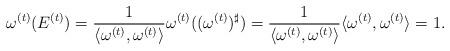
LaTeX: \begin{align*}\omega^{(t)}(E^{(t)})&=\frac{1}{\langle\omega^{(t)},\omega^{(t)}\rangle}\omega^{(t)}((\omega^{(t)})^\sharp)=\frac{1}{\langle\omega^{(t)},\omega^{(t)}\rangle}\langle\omega^{(t)},\omega^{(t)}\rangle=1.\end{align*}